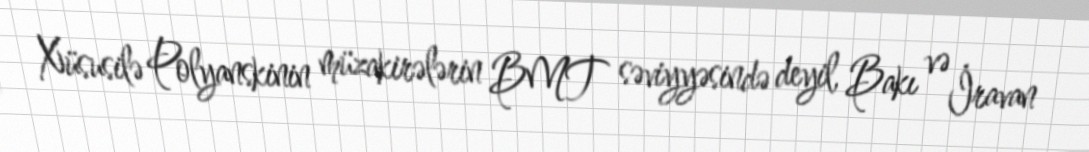
Xüsusilə Polyanskinin müzakirələrin BMT səviyyəsində deyil, Bakı və İravan